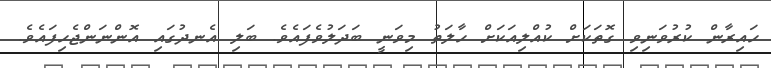
ހައިރާން ކުރުވަނިވި ގޮތަކަށް ކުއްލިއަކަށް ހާލަތު މިވަނީ ބަދަލުވެފައެވެ. ބަލި އެނދުގައި އޮންނަންޖެހިފައެވެ.